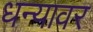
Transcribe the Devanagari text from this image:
धन्यावर